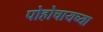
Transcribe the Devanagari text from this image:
पोहोचायच्या